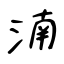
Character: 湳